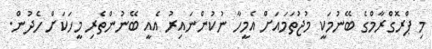
މި ޕްރޮގްރާމްގެ ބޭނުމަކީ މުޖުތަމައަށް އެމީހާ ނުކުންނައިރު އެއީ ބޭނުންތެރި މީހަކަށް ހެދުން.